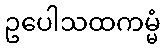
ဥပေါသထကမ္မံ